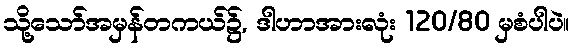
သို့သော်အမှန်တကယ်၌, ဒါဟာအားလုံး 120/80 မှစံပါပဲ။